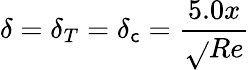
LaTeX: \delta=\delta_{T}=\delta_{\mathsf{c}}={\frac{{5.0x}}{{\sqrt{}{{Re}}}}}